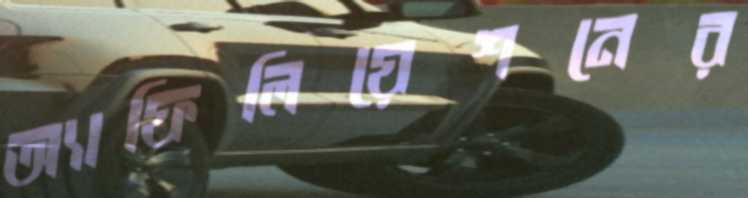
অ্যাফিলিয়েশনের